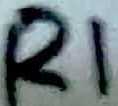
Text: R1